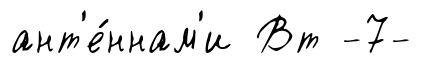
ант'е́ннам'и Вт -7-